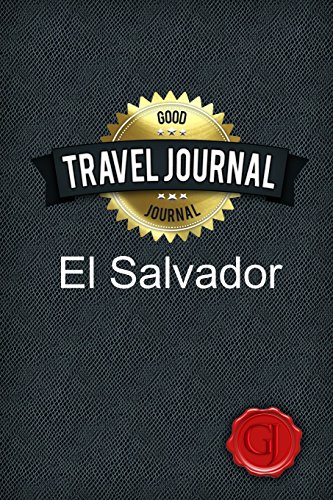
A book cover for Travel Journal El Salvador; Good Journal; Travel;